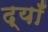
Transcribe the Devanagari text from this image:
द्याँ